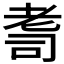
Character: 𦒽